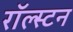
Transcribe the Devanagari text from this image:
रॉल्स्टन